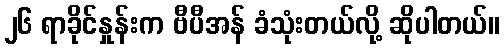
၂၆ ရာခိုင်နှုန်းက ဗီပီအန် ခံသုံးတယ်လို့ ဆိုပါတယ်။